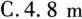
C.4.8m